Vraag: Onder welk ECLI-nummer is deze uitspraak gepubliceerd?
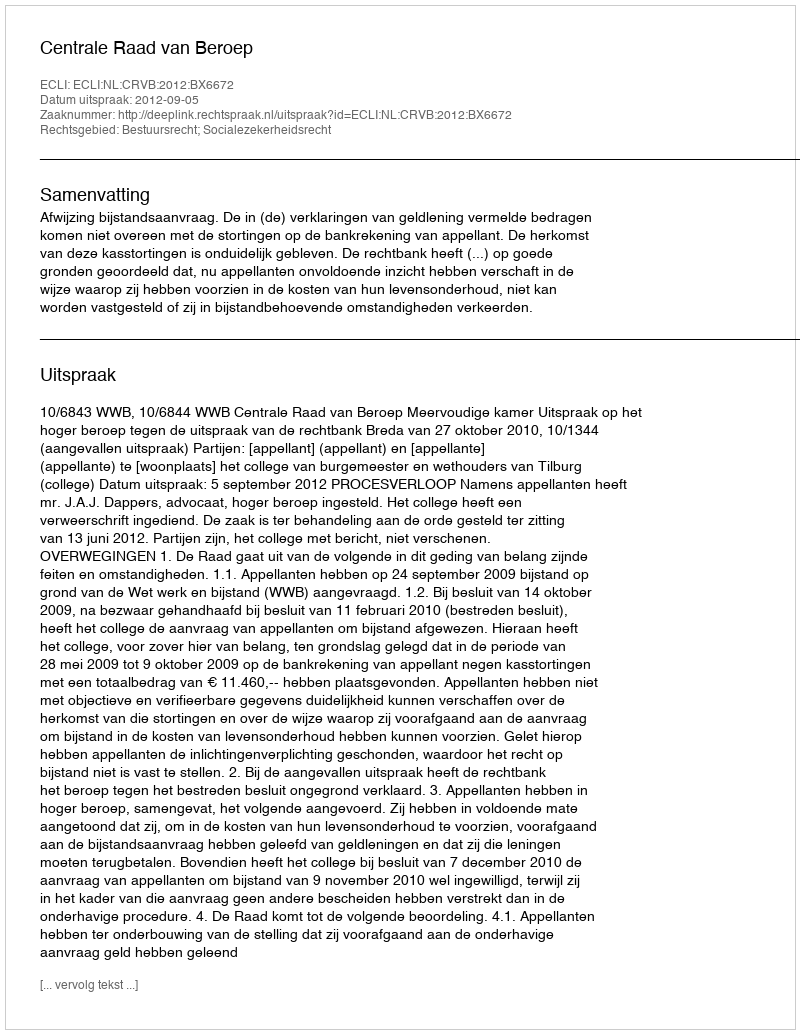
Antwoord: ECLI:NL:CRVB:2012:BX6672